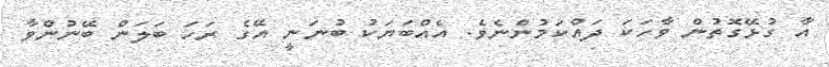
އާ ގުޅޭގޮތުން ވާހަކަ ދައްކަމުންނެވެ. އެއްބަޔަކު ބުނަނީ އޭގެ ރަހަ ބަލަން ބޭނުންވާ